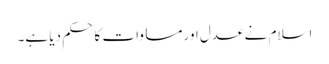
اسلام نے عدل اور مساوات کا حکم دیا ہے۔